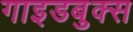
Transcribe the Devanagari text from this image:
गाइडबुक्स